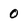
Character: 0